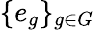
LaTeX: \{ e_{g}\} _{g\in G}